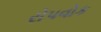
રોપવોક